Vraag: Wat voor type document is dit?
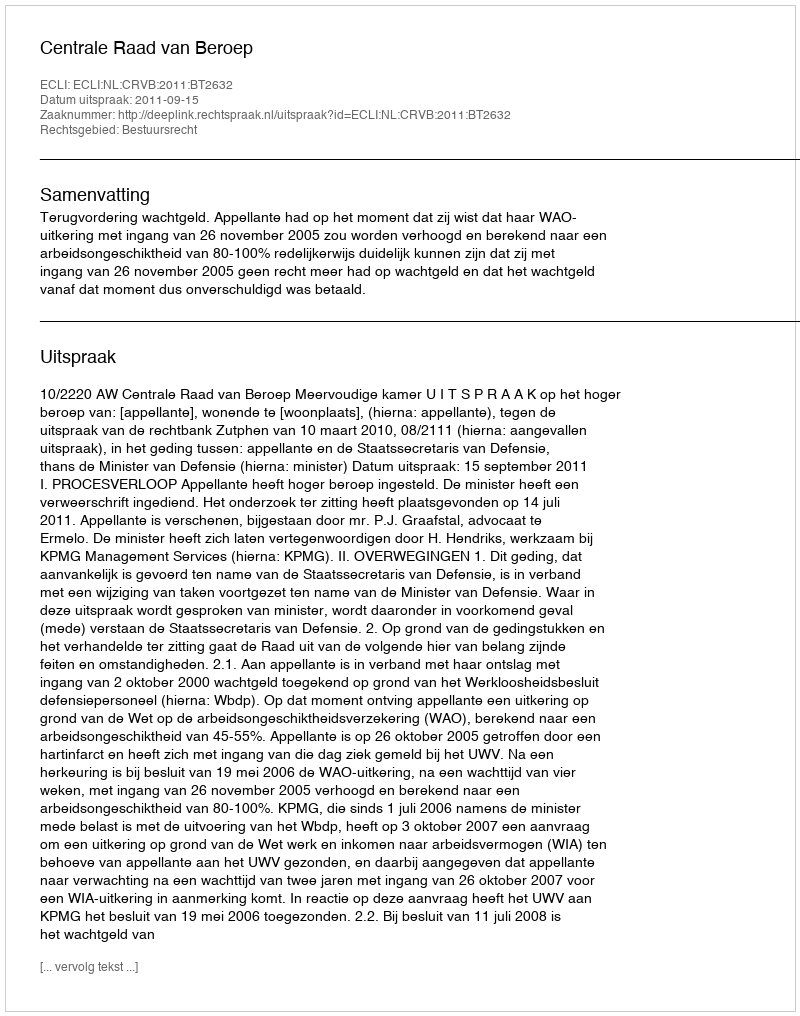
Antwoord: Uitspraak